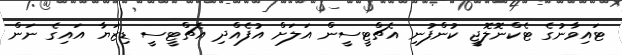
ޓައިވާނުގެ ޓެކްނޮލޮޖީ ކުންފުނި އެޗްޓީސީން އަލަށް އުފެއްދި އެޗްޓީސީ ޑިޒަޔާ އައިގެ ނަން